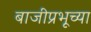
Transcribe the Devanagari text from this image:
बाजीप्रभूच्या